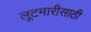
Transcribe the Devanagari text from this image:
लूटमारीसाठी